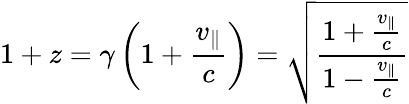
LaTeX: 1+z=\gamma\left(1+{\frac{v_{\parallel}}{c}}\right)={\sqrt{\frac{1+{\frac{v_{\parallel}}{c}}}{1-{\frac{v_{\parallel}}{c}}}}}